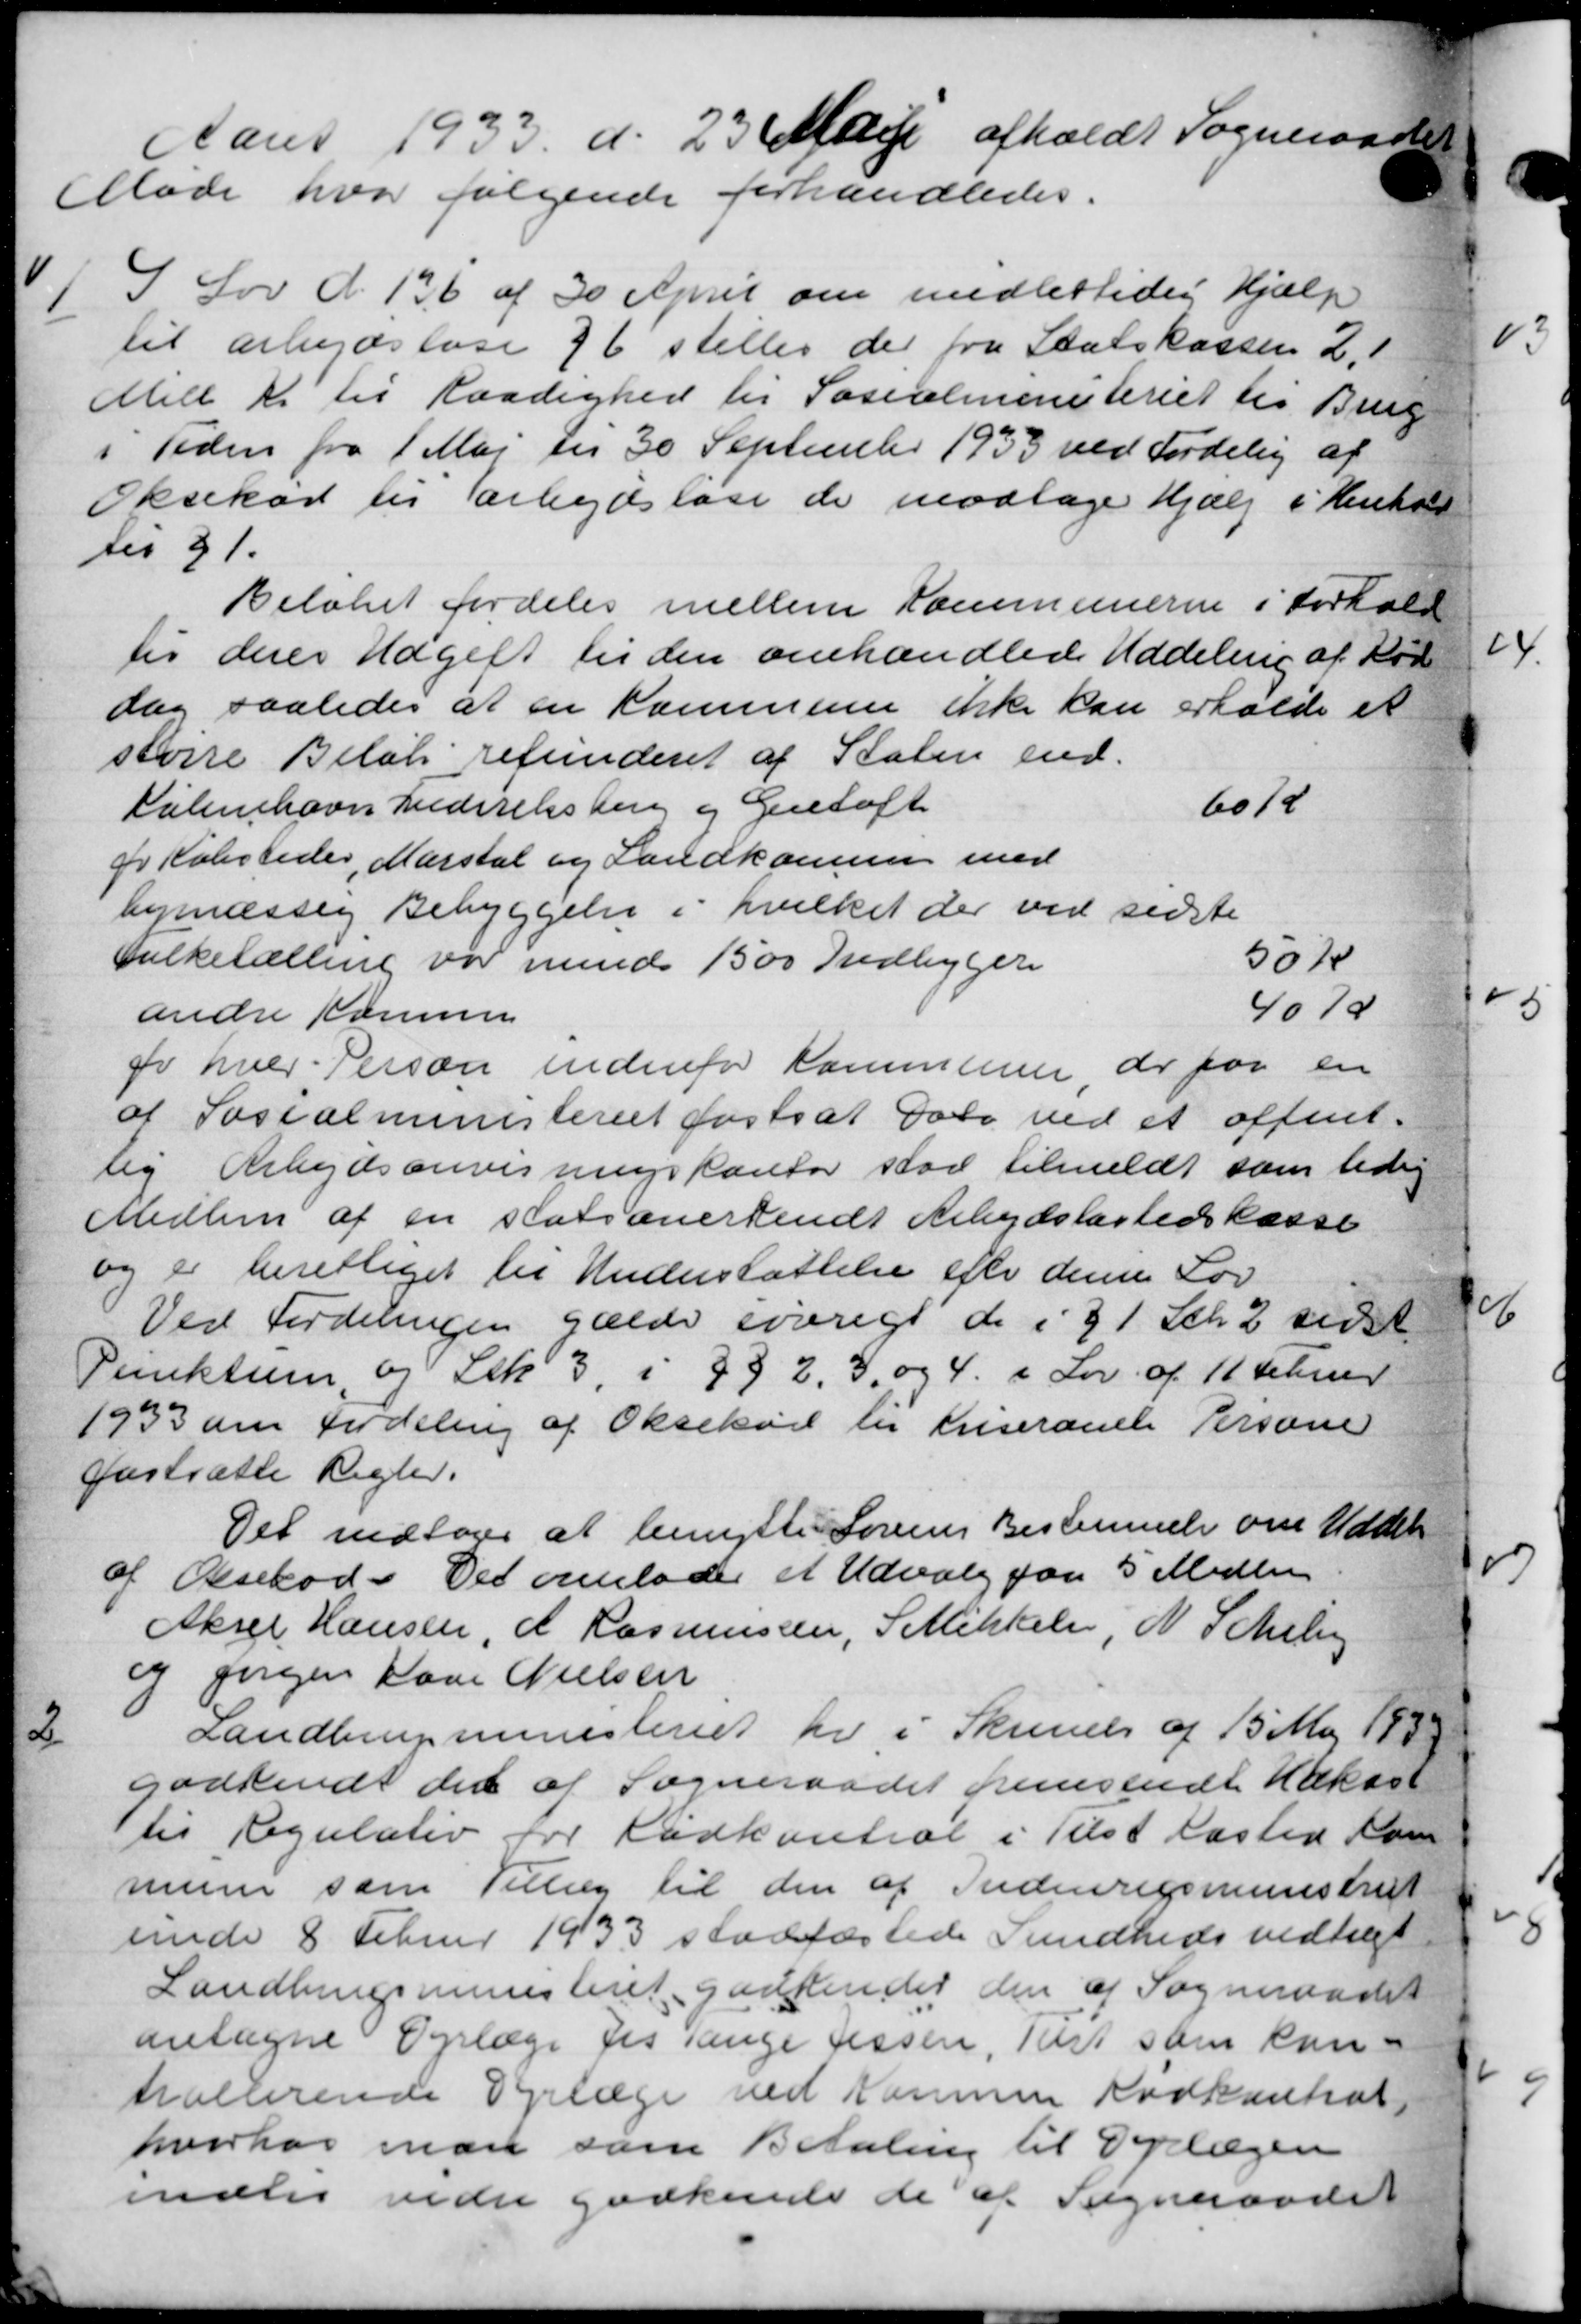
Transskription:
Aaret 1933 d. 23 Maj afholdt Sogneraadet
Møde hvor følgende forhandledes.

I Lov d. 136 af 30 April om midlertidig Hjælp
til arbejdsløse 96 stilles der fra Statskassen 2,1
Mill Kr til Raadighed til Socialministeriet til Brug
i Tiden fra 1 Maj til 30 September 1933 ved Fordeling af
Oksekød til arbejdsløse de modtage Hjælp i Henhold
til 31.
Beløbet fordeles mellem Kommunerne i Forhold
til deres Udgift til den omhandlede Uddeling af Kød
dog saaledes at en Kommune ikke kan erholde et
større Beløb refunderet af Staten end-
København Frederiksberg og Gentoft 601
pr Købsteder, Marstal og Landkomme med
bymæssig Bebyggelse i hvilket der ved sidste
Folketælling var mind 1500 Indbygere 50 K
andre Kommu 40 K
fr hver Person indenfor Kommunen der paa en
af Socialministeriet fastsat Dato ved et offent-
lig Arbejdsanvisningskontor stor tilmeldt som tidig
Medlem af en statsanerkendt Arbejdsløshedskasse
og er berettiget til Understøttelse efter denne Lov
Ved Fordelingen gælde iøvrige de i § 1 Stk. 2 sidst
Punktum, og Stk 3, i 892, 3, og 4 i Lov af 11 Februar
1933 om Fordeling af Oksekød til Kriseranele Persone
fastsætte Regler.
Det vedtoges at benytte Lovens Bestemmelse om Uddel
af Oksekød. Det overlodes et Udvalg paa 5 Medlem
Aksel Hansen, A. Rasmussen, Stikkelse, N. Scheby
og Jørgen Lave Nielsen

Landbrugsministeriet her i Skrivelse af 15 Maj 1938
godkende det af Sogneraadet fremsendt Kaksst
til Regulativ for Kødkontrol i Tilst Kasted Kom
mune som Tillæg til den af Indenrigsministeriet
under 8 Februar 1933 stadfæstede Sundheds vedtægt
Landbrugsministeriet godkendes den af Sogneraadet
antagne Dyrlæge Jes Tange Jessen, Test som kan-
talterende Dyrlæge ved Kommune Kødkontral
hvorhos man som Betaling til Dyrlægen
endtes vedre godkende de af Sogneraadet